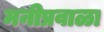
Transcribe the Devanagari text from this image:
मनीप्रवाळा